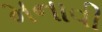
મનાવી